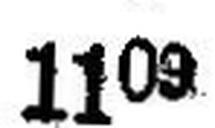
1109